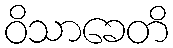
ဝိသာခေတိ